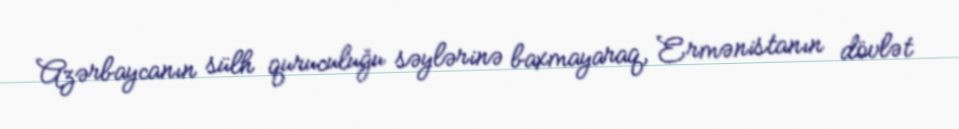
Azərbaycanın sülh quruculuğu səylərinə baxmayaraq, Ermənistanın dövlət